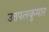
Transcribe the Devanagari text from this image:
उतपलकुमार